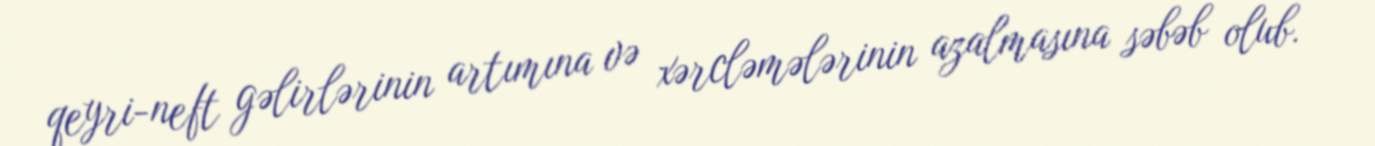
qeyri-neft gəlirlərinin artımına və xərcləmələrinin azalmasına səbəb olub.